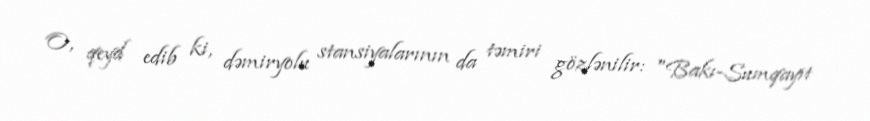
O, qeyd edib ki, dəmiryolu stansiyalarının da təmiri gözlənilir: "Bakı-Sumqayıt